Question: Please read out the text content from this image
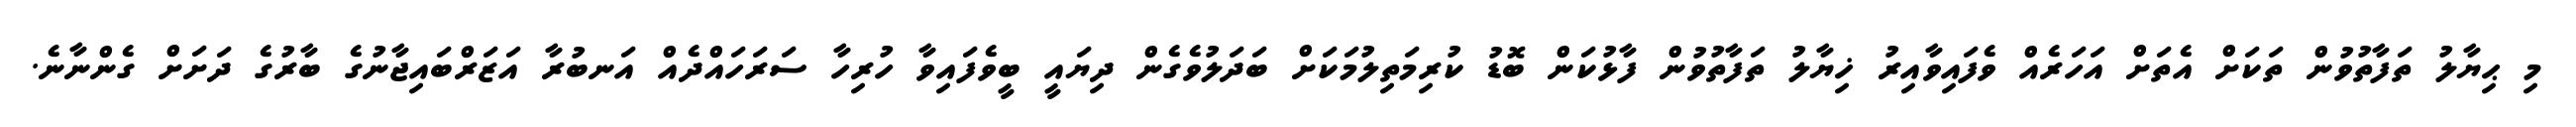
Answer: މި ޙިޔާލު ތަފާތުވުން ތަކަށް އެތަށް އަހަރެއް ވެފައިވާއިރު ޚިޔާލު ތަފާތުވުން ފާޅުކަން ބޮޑު ކުރިމަތިލުމަކަށް ބަދަލުވެގެން ދިޔައީ ބީވެފައިވާ ހުރިހާ ސަރަހައްދެއް އަނބުރާ އަޒަރްބައިޖާނުގެ ބާރުގެ ދަށަށް ގެންނާނެ.